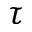
\tau